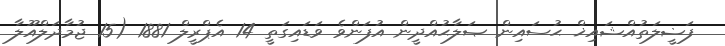
ފަޟީލަތުއްޝައިޚް ޙުސައިން ޞަލާޙުއްދީން އުފަންވެ ވަޑައިގަތީ 14 އެޕްރީލް 1881 (15 ޖުމާދަލްއޫލާ